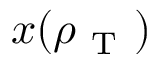
x ( \rho _ { \mathrm { ~ T ~ } } )